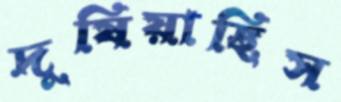
দুষিয়াছিস